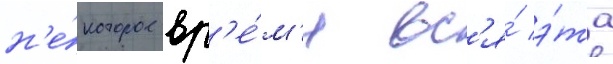
н'е́которое вр'е́м'я вс'я́ э́та